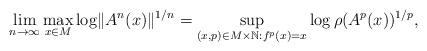
LaTeX: \begin{align*} \lim_{n\to \infty}\max_{x\in M} \log \lVert A^n(x)\rVert^{1/n}=\sup_{(x, p)\in M\times \mathbb N: f^p(x)=x} \log \rho(A^p(x))^{1/p},\end{align*}